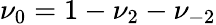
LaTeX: \nu_{0}=1-\nu_{2}-\nu_{-2}